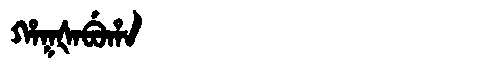
Manchu: ᡥᠠᡴᡧᠠᠪᡠᡥᠠ
Romanization: HAKŠABUHA